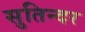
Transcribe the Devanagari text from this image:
सुतिन्दर